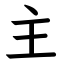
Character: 主